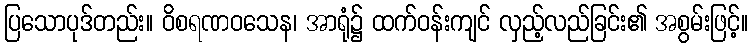
ပြသောပုဒ်တည်း။ ဝိစရဏဝသေန၊ အာရုံ၌ ထက်ဝန်းကျင် လှည့်လည်ခြင်း၏ အစွမ်းဖြင့်။